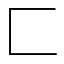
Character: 匚